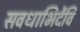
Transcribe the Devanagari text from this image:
सवधाभिर्देवि